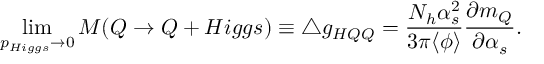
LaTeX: \operatorname * { l i m } _ { p _ { H i g g s } \rightarrow 0 } M ( Q \rightarrow Q + H i g g s ) \equiv \bigtriangleup g _ { H Q Q } = { \frac { N _ { h } \alpha _ { s } ^ { 2 } } { 3 \pi \langle \phi \rangle } } { \frac { \partial m _ { Q } } { \partial \alpha _ { s } } } .